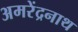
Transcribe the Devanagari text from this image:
अमरेंद्रनाथ